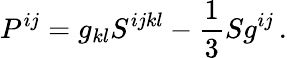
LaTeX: P^{ij}=g_{kl}S^{ijkl}-\frac 13Sg^{ij}\, .